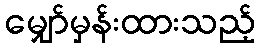
မျှော်မှန်းထားသည့်